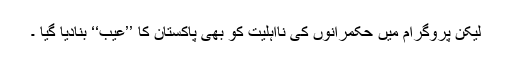
لیکن پروگرام میں حکمرانوں کی نااہلیت کو بھی پاکستان کا ’’عیب‘‘ بنادیا گیا ۔